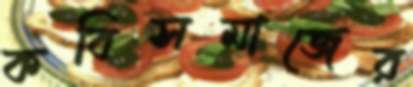
কবিসমাজের